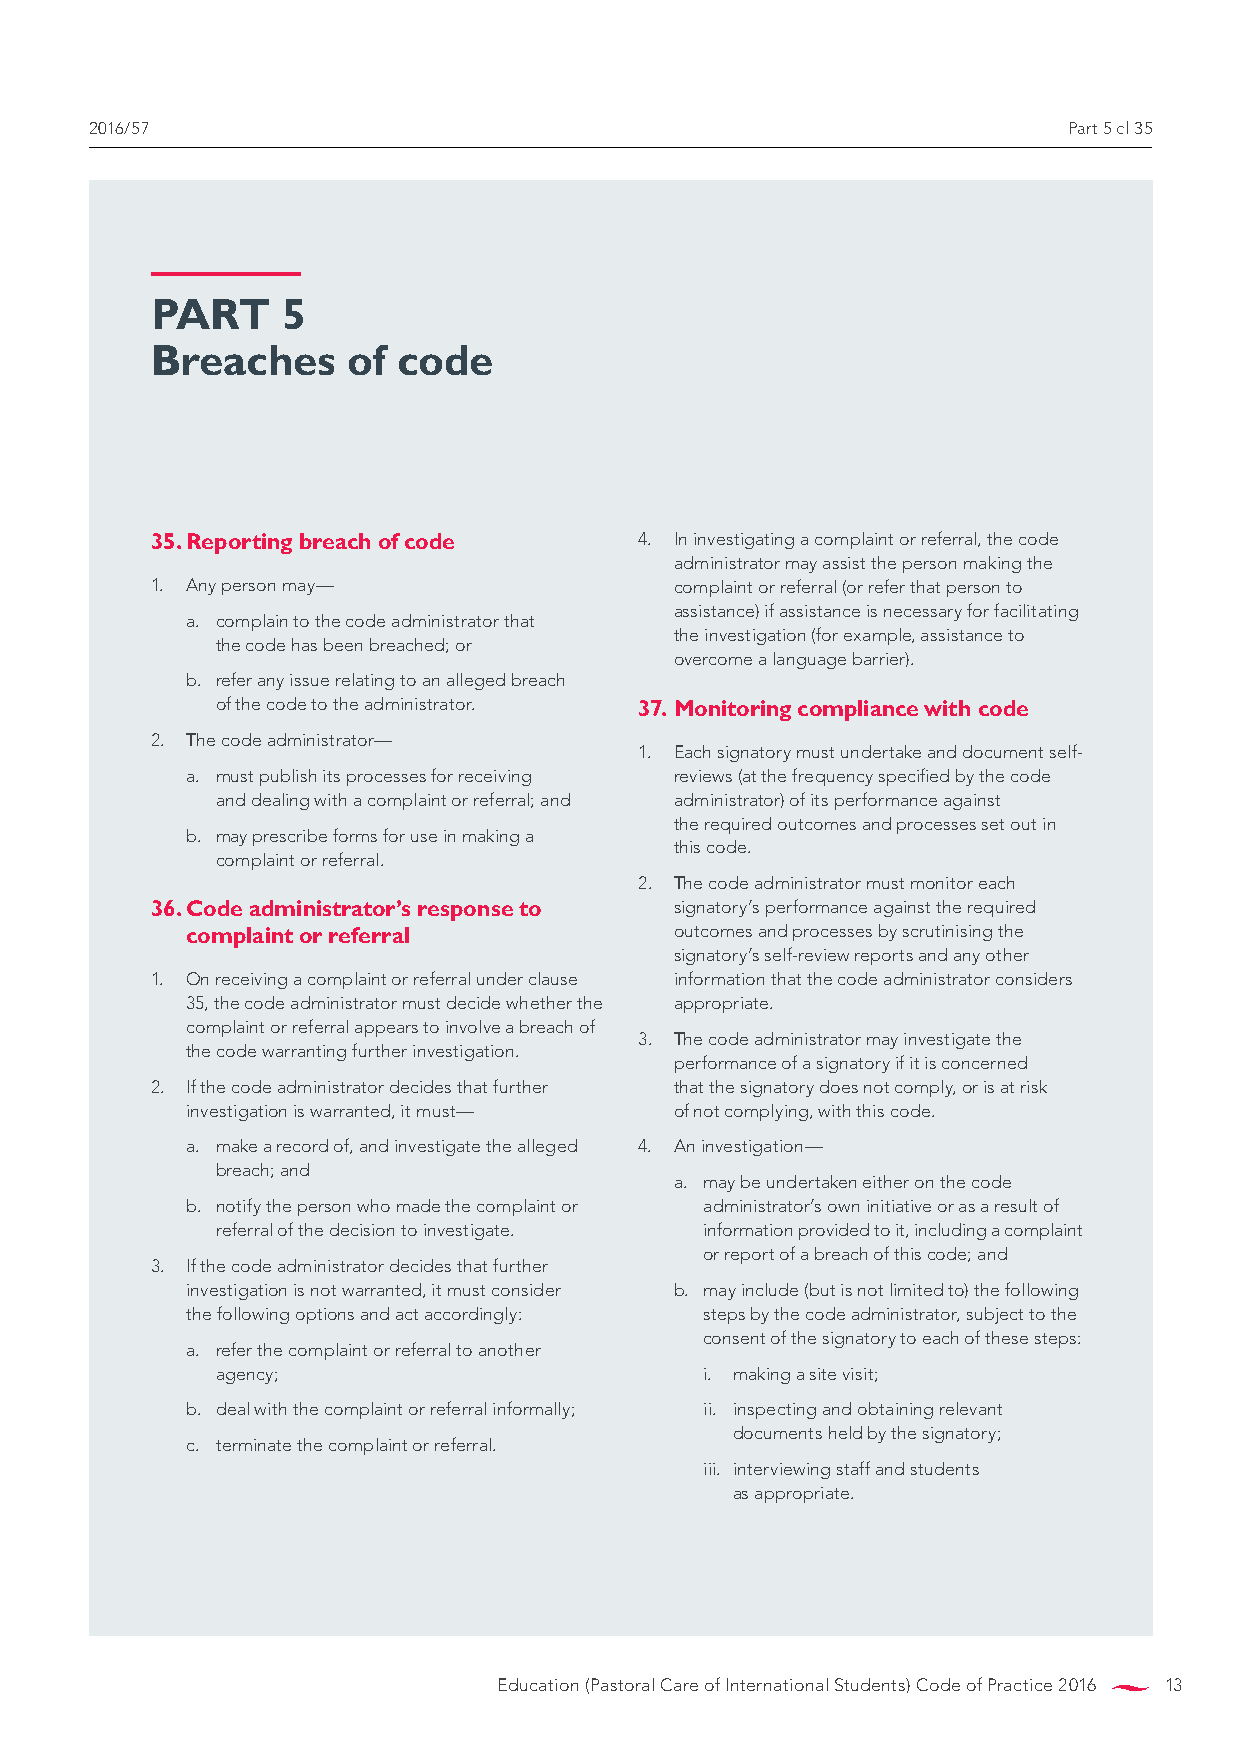
2016/57                                                          Part 5 cl 35
 PART     5
 Breaches     of code
 35. Reporting breach of code    4. in investigating a complaint or referral, the code
 administrator may assist the person making the
 1. Any person may—                 complaint or referral (or refer that person to
 assistance) if assistance is necessary for facilitating
 a. complain to the code administrator that
 the investigation (for example, assistance to
 the code has been breached; or
 overcome a language barrier).
 b. refer any issue relating to an alleged breach
 of the code to the administrator. 37. Monitoring compliance with code
 2. The code administrator—
 1. Each signatory must undertake and document self-
 a. must publish its processes for receiving reviews (at the frequency specified by the code
 and dealing with a complaint or referral; and administrator) of its performance against
 the required outcomes and processes set out in
 b. may prescribe forms for use in making a
 this code.
 complaint or referral.
 2. The code administrator must monitor each
 36. Code administrator’s response to signatory’s performance against the required
 complaint or referral            outcomes and processes by scrutinising the
 signatory’s self-review reports and any other
 1. On receiving a complaint or referral under clause information that the code administrator considers
 35, the code administrator must decide whether the appropriate.
 complaint or referral appears to involve a breach of
 3. The code administrator may investigate the
 the code warranting further investigation.
 performance of a signatory if it is concerned
 2. if the code administrator decides that further that the signatory does not comply, or is at risk
 investigation is warranted, it must— of not complying, with this code.
 a. make a record of, and investigate the alleged 4. An investigation—
 breach; and
 a. may be undertaken either on the code
 b. notify the person who made the complaint or administrator’s own initiative or as a result of
 referral of the decision to investigate. information provided to it, including a complaint
 or report of a breach of this code; and
 3. if the code administrator decides that further
 investigation is not warranted, it must consider b. may include (but is not limited to) the following
 the following options and act accordingly: steps by the code administrator, subject to the
 consent of the signatory to each of these steps:
 a. refer the complaint or referral to another
 agency;                          i. making a site visit;
 b. deal with the complaint or referral informally; ii. inspecting and obtaining relevant
 documents held by the signatory;
 c. terminate the complaint or referral.
 iii. interviewing staff and students
 as appropriate.
 Education (Pastoral Care of International Students) Code of Practice 2016 13